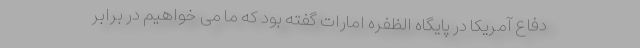
دفاع آمریکا در پایگاه الظفره امارات گفته بود که ما می خواهیم در برابر